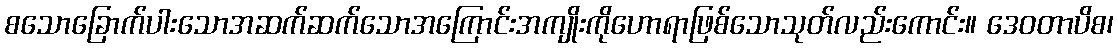
စသောခြောက်ပါးသောအဆက်ဆက်သောအကြောင်းအကျိုးကိုဟောရာဖြစ်သောသုတ်လည်းကောင်း။ ဒေဝတာပိစ၊